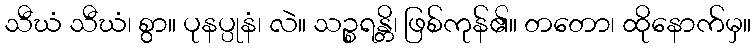
သီဃံ သီဃံ၊ စွာ။ ပုနပ္ပုနံ၊ လဲ။ သဉ္စရန္တိ၊ ဖြစ်ကုန်၏။ တတော၊ ထိုနောက်မှ။